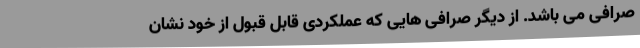
صرافی می باشد. از دیگر صرافی هایی که عملکردی قابل قبول از خود نشان